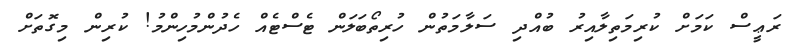
ރަޢީސް ކަމަށް ކުރިމަތިލާއިރު ބުއްދި ސަލާމަތުން ހުރިތޯބަލަން ޓެސްޓެއް ހެދުންމުހިންމު! ކުރިން މިގޮތަށް